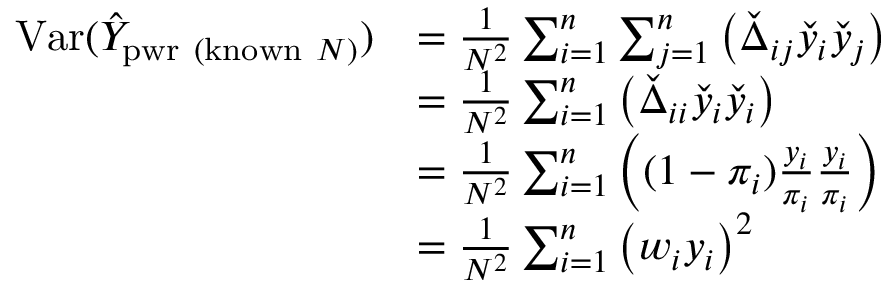
{ \begin{array} { r l } { \operatorname { V a r } ( { \hat { Y } } _ { { \mathrm { p w r ~ ( k n o w n ~ } } N { \mathrm { ) } } } ) } & { = { \frac { 1 } { N ^ { 2 } } } \sum _ { i = 1 } ^ { n } \sum _ { j = 1 } ^ { n } \left( { \check { \Delta } } _ { i j } { \check { y } } _ { i } { \check { y } } _ { j } \right) } \\ & { = { \frac { 1 } { N ^ { 2 } } } \sum _ { i = 1 } ^ { n } \left( { \check { \Delta } } _ { i i } { \check { y } } _ { i } { \check { y } } _ { i } \right) } \\ & { = { \frac { 1 } { N ^ { 2 } } } \sum _ { i = 1 } ^ { n } \left( ( 1 - \pi _ { i } ) { \frac { y _ { i } } { \pi _ { i } } } { \frac { y _ { i } } { \pi _ { i } } } \right) } \\ & { = { \frac { 1 } { N ^ { 2 } } } \sum _ { i = 1 } ^ { n } \left( w _ { i } y _ { i } \right) ^ { 2 } } \end{array} }